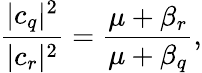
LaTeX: \frac{|c_{q}|^{2}}{|c_{r}|^{2}}=\frac{\mu+\beta_{r}}{\mu+\beta_{q}},